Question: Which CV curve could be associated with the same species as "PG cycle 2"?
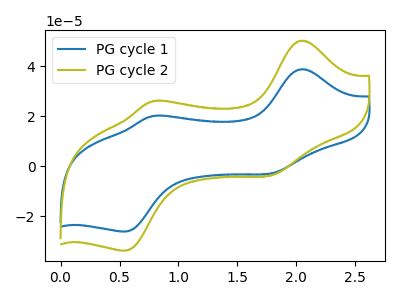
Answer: <think>The blue curve "PG cycle 1" has anodic peaks at (2.05V, 38.90uA) (0.80V, 20.15uA) and cathodic peaks at (1.80V, -2.80uA) (0.55V, -26.05uA). The olive curve "PG cycle 2" has anodic peaks at (2.05V, 50.30uA) (0.80V, 26.10uA) and cathodic peaks at (1.80V, -3.65uA) (0.55V, -33.65uA).
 All the peaks in "PG cycle 1" have a peak in "PG cycle 2" at the same potential. Every peak in "PG cycle 1" is lower than every peak in "PG cycle 2".</think>
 <answer>The CV with the most similar shape to "PG cycle 1" is "PG cycle 2".</answer>
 <eval>"PG cycle 2"</eval>